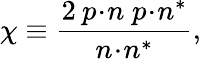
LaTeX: \chi\equiv\frac{2\: p\! \cdot\! n\; p\! \cdot\! n^{\ast}}{n\! \cdot\! n^{\ast}},